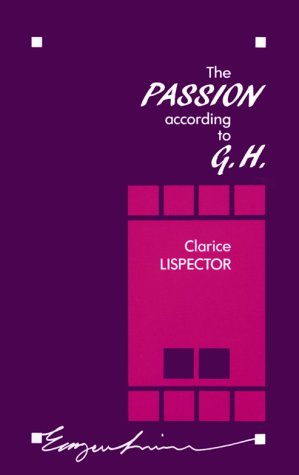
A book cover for The Passion According to G.H. (Emergent Literatures); Clarice Lispector; Literature & Fiction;